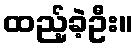
ထည့်ခဲ့ဦး။